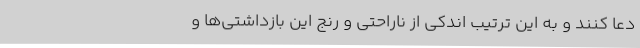
دعا کنند و به این ترتیب اندکی از ناراحتی و رنج این بازداشتی‌ها و